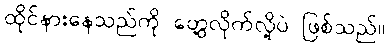
ထိုင်နားနေသည်ကို တွေ့လိုက်လို့ပဲ ဖြစ်သည်။